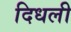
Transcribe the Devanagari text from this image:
दिधली